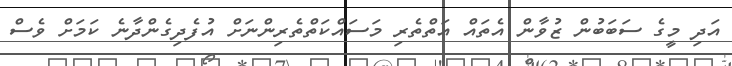
އަދި މީގެ ސަބަބުން ޒުވާން އެތައް އަތްތެރި މަސައްކަތްތެރިންނަށް އުފެދިގެންދާނެ ކަމަށް ވެސް